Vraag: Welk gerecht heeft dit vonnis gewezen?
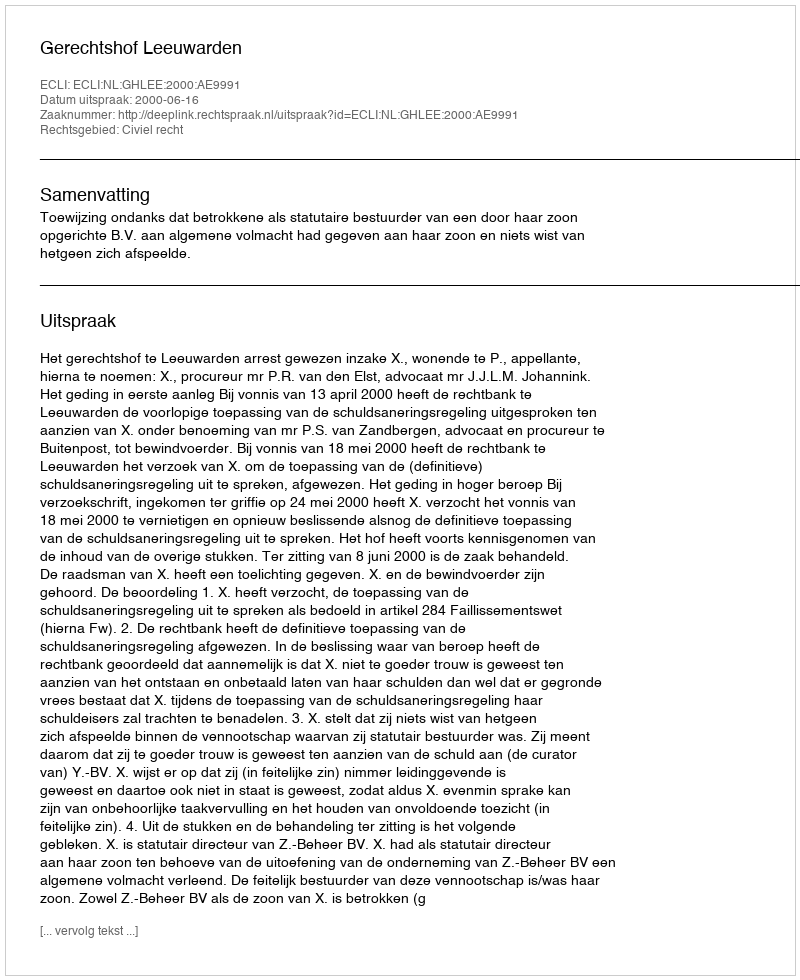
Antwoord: Gerechtshof Leeuwarden